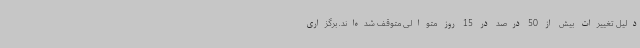
دلیل تغییرات بیش از 50 درصد در 15 روز متوالی متوقف شده‌اند. برگزاری